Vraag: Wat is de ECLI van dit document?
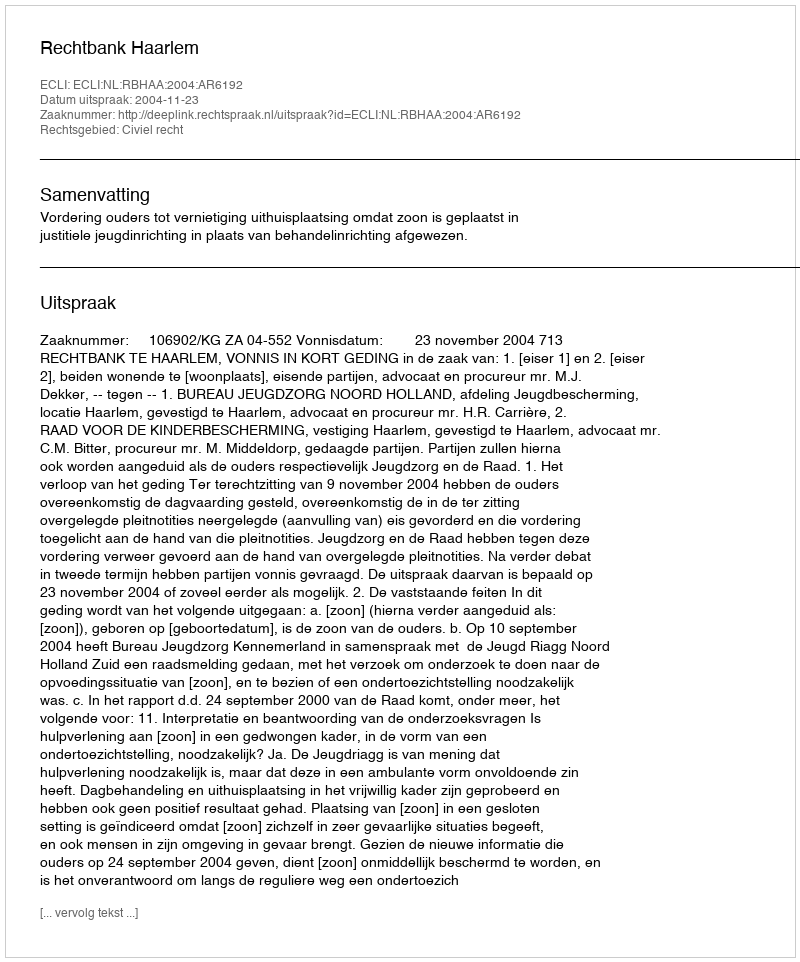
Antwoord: ECLI:NL:RBHAA:2004:AR6192